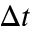
\Delta t